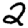
Digit: 2